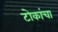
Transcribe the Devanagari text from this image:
टोकांचा